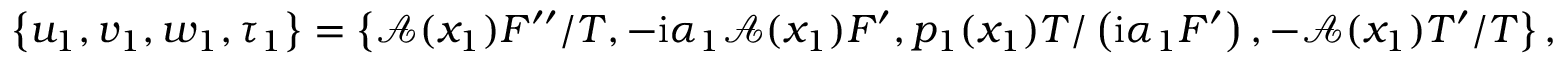
\left\lbrace u _ { 1 } , v _ { 1 } , w _ { 1 } , \tau _ { 1 } \right\rbrace = \left\lbrace \mathcal { A } ( x _ { 1 } ) F ^ { \prime \prime } / T , - \mathrm { i } \alpha _ { 1 } \mathcal { A } ( x _ { 1 } ) F ^ { \prime } , p _ { 1 } ( x _ { 1 } ) T / \left( \mathrm { i } \alpha _ { 1 } F ^ { \prime } \right) , - \mathcal { A } ( x _ { 1 } ) T ^ { \prime } / T \right\rbrace ,